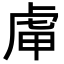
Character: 𧆥